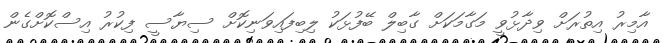
އާމިރު އިތުރަށް ވިދާޅުވީ މަގާމަކަށް ގާބިލް ބޭފުޅަކު ލިބިފައިވަނިކޮށް ސިޔާސީ ފިކުރު އިސްކޮށްގެން